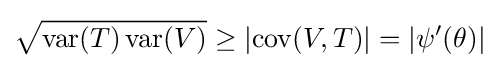
{\sqrt {\operatorname {var} (T)\operatorname {var} (V)}}\geq \left|\operatorname {cov} (V,T)\right|=\left|\psi ^{\prime }(\theta )\right|